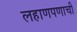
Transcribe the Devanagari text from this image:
लहाणपणाची